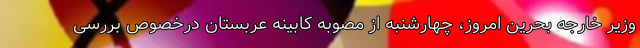
وزیر خارجه بحرین امروز، چهارشنبه از مصوبه کابینه عربستان درخصوص بررسی